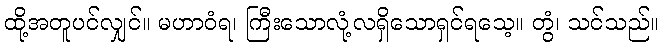
ထို့အတူပင်လျှင်။ မဟာဝံရ၊ ကြီးသောလုံ့လရှိသောရှင်ရသေ့။ တွံ၊ သင်သည်။